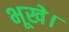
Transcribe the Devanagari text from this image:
भूखे।